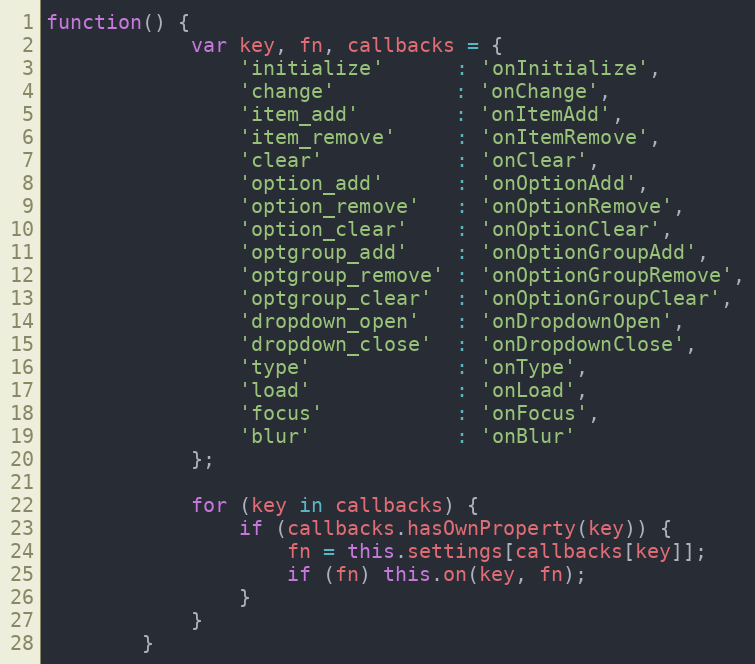
Language: JavaScript
function() {
			var key, fn, callbacks = {
				'initialize'      : 'onInitialize',
				'change'          : 'onChange',
				'item_add'        : 'onItemAdd',
				'item_remove'     : 'onItemRemove',
				'clear'           : 'onClear',
				'option_add'      : 'onOptionAdd',
				'option_remove'   : 'onOptionRemove',
				'option_clear'    : 'onOptionClear',
				'optgroup_add'    : 'onOptionGroupAdd',
				'optgroup_remove' : 'onOptionGroupRemove',
				'optgroup_clear'  : 'onOptionGroupClear',
				'dropdown_open'   : 'onDropdownOpen',
				'dropdown_close'  : 'onDropdownClose',
				'type'            : 'onType',
				'load'            : 'onLoad',
				'focus'           : 'onFocus',
				'blur'            : 'onBlur'
			};

			for (key in callbacks) {
				if (callbacks.hasOwnProperty(key)) {
					fn = this.settings[callbacks[key]];
					if (fn) this.on(key, fn);
				}
			}
		}